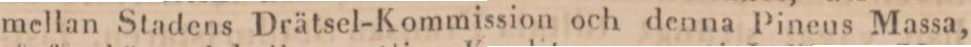
mellan Stadens Drätsel-Kommission och denna Pineus Massa,